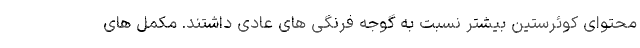
محتوای کوئرستین بیشتر نسبت به گوجه فرنگی های عادی داشتند. مکمل های